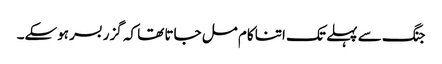
جنگ سے پہلے تک اتنا کام مل جاتا تھا کہ گزر بسر ہوسکے۔